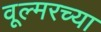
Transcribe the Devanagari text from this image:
वूल्मरच्या